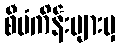
စီမံကိန်းများမှ